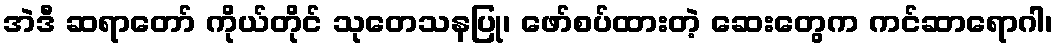
အဲဒီ ဆရာတော် ကိုယ်တိုင် သုတေသနပြု၊ ဖော်စပ်ထားတဲ့ ဆေးတွေက ကင်ဆာရောဂါ၊